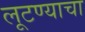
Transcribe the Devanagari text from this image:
लूटण्याचा